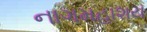
નાગમહાશય